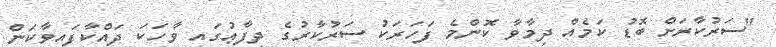
"ސަރުކާރަށް ބޮޑު ކަމެއް ދިމާވާ ކޮންމެ ފަހަރަކު ސަރުކާރުގެ ދިފާޢުގައި ވާހަކަ ދައްކާފައިވާކަން